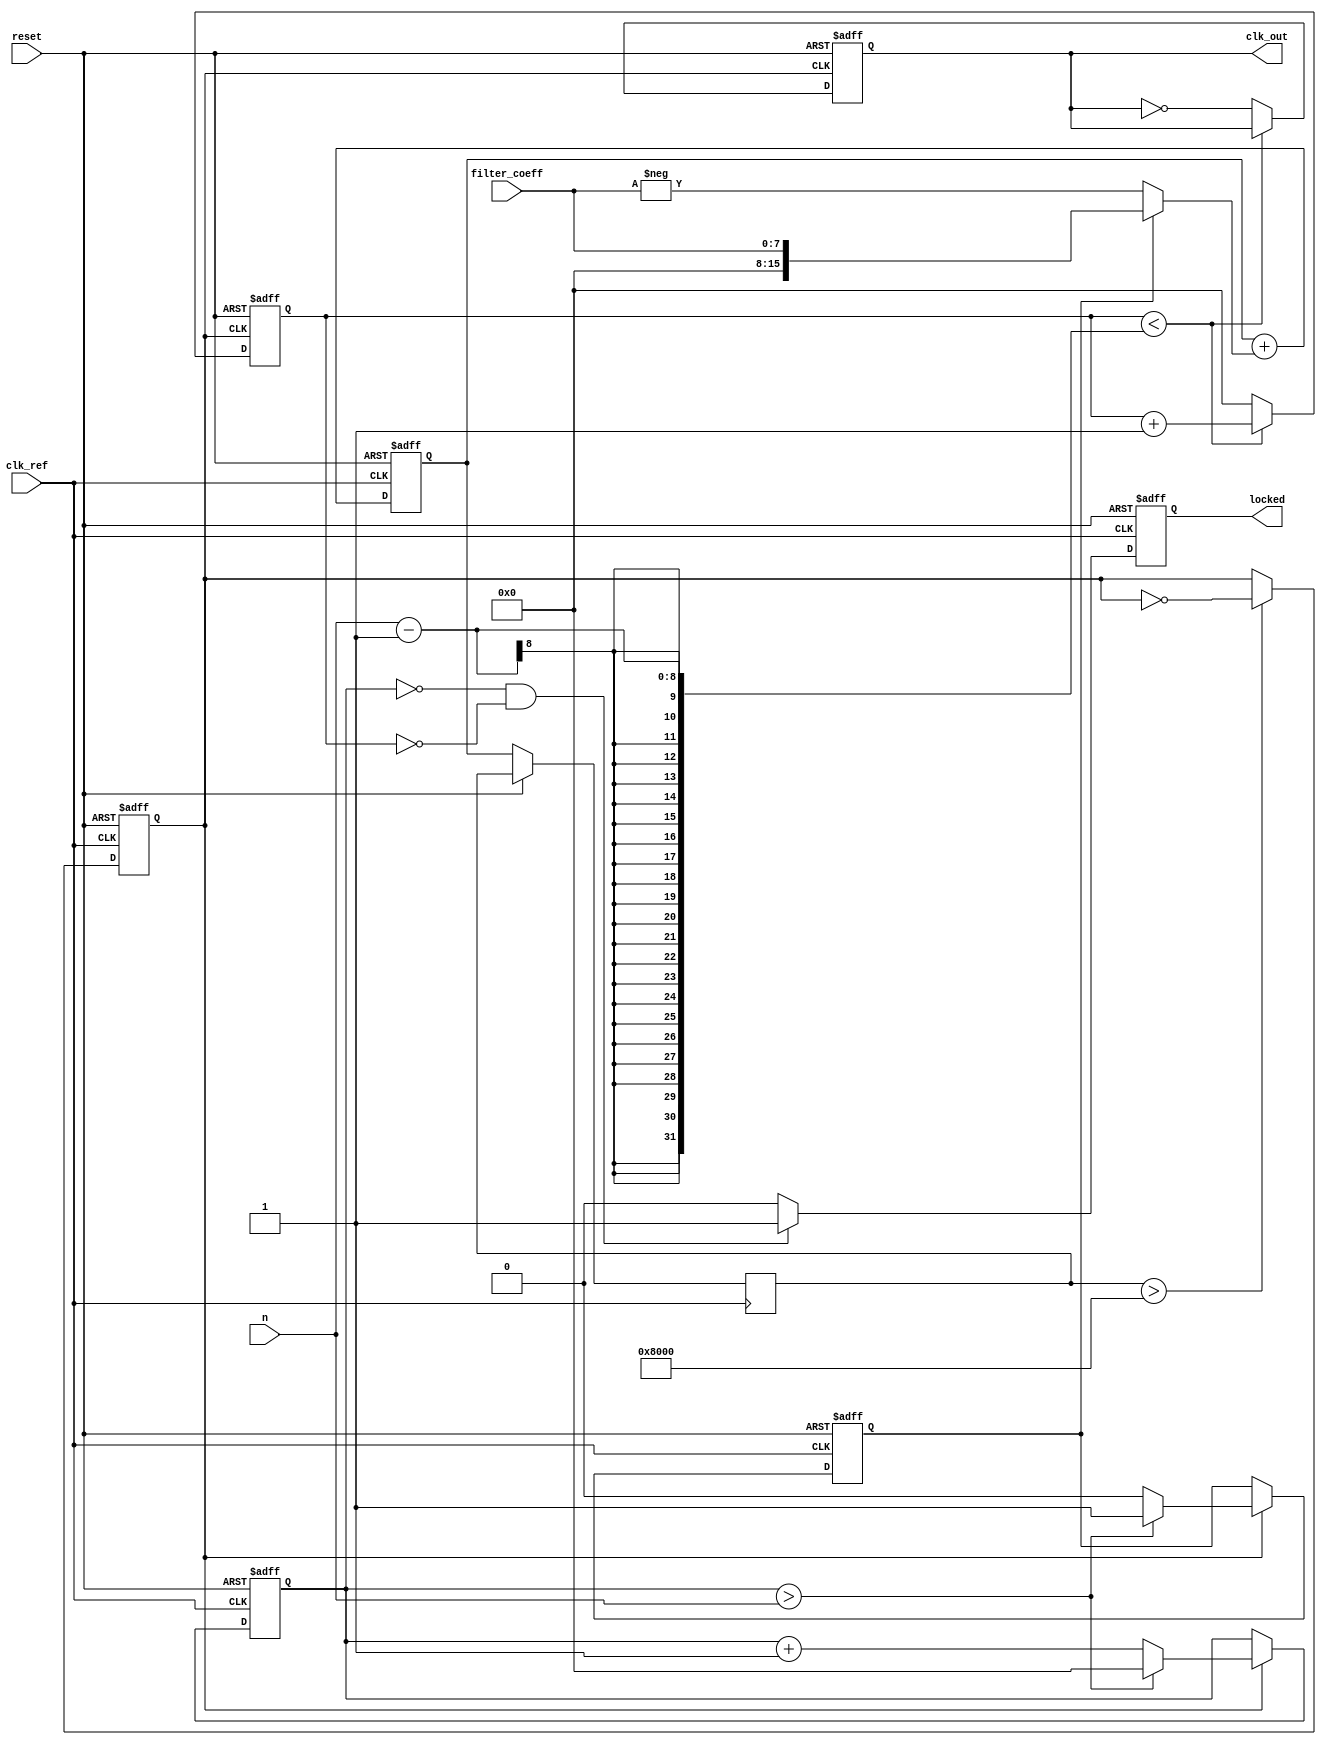
module integer_n_pll (
    input wire clk_ref,           // Reference clock input
    input wire reset,             // Asynchronous reset
    input wire [7:0] n,           // Divider value for input clock
    input wire [7:0] filter_coeff, // Loop filter coefficient
    output wire clk_out,          // Output clock
    output wire locked            // Lock status
);

// Phase Detector
reg phase_error;
reg [7:0] phase_count;

// Loop Filter
reg [15:0] loop_filter;
reg [15:0] vco_control;

// Voltage-Controlled Oscillator (VCO)
reg vco_out;

// Frequency Divider
reg [7:0] divider_count;
wire divided_clk;

// State for PLL lock detection
reg is_locked;

// Phase Detector Logic
always @(posedge clk_ref or posedge reset) begin
    if (reset) begin
        phase_count <= 0;
        phase_error <= 0;
    end else begin
        // Simple phase detection logic (bang-bang)
        if (vco_out) begin
            phase_count <= phase_count + 1;
            if (phase_count > n) begin
                phase_error <= 1; // Output clock is leading
                phase_count <= 0;
            end else begin
                phase_error <= 0; // Output clock is lagging
            end
        end
    end
end

// Loop Filter Logic
always @(posedge clk_ref or posedge reset) begin
    if (reset) begin
        loop_filter <= 0;
    end else begin
        // Simple first-order filter
        loop_filter <= loop_filter + (phase_error ? filter_coeff : -filter_coeff);
        vco_control <= loop_filter; // Control for VCO
    end
end

// Voltage-Controlled Oscillator (VCO)
always @(posedge clk_ref or posedge reset) begin
    if (reset) begin
        vco_out <= 0;
    end else begin
        // VCO output generation based on control voltage
        // Simple toggle logic based on control voltage (not frequency tuned)
        if (vco_control > 16'h8000) begin
            vco_out <= ~vco_out; // Toggle output for demonstration
        end
    end
end

// Output Divider Logic
always @(posedge vco_out or posedge reset) begin
    if (reset) begin
        divider_count <= 0;
        clk_out <= 0;
    end else begin
        if (divider_count < n - 1) begin
            divider_count <= divider_count + 1;
        end else begin
            clk_out <= ~clk_out; // Generate output clock
            divider_count <= 0;
        end
    end
end

// Lock Detection Logic
always @(posedge clk_ref or posedge reset) begin
    if (reset) begin
        is_locked <= 0;
    end else begin
        // Simple lock detection (placeholder logic)
        if (phase_count == 0 && divider_count == 0) begin
            is_locked <= 1; // PLL is locked
        end else begin
            is_locked <= 0; // PLL is not locked
        end
    end
end

// Assign lock status output
assign locked = is_locked;

endmodule